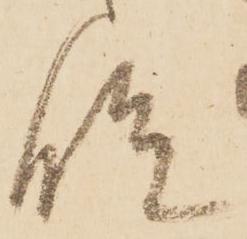
段